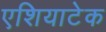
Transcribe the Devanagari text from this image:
एशियाटेक